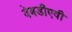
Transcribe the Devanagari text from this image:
वेबडीएवी